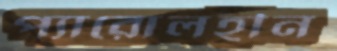
প্যারোলহীন